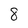
Character: 8